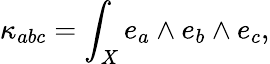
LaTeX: \kappa_{abc}=\int_{X}e_{a}\wedge e_{b}\wedge e_{c},